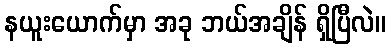
နယူးယောက်မှာ အခု ဘယ်အချိန် ရှိပြီလဲ။